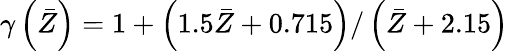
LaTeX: \gamma\left({\bar{Z}}\right)=1+\left({1.5\bar{Z}+0.715}\right)/\left({\bar{Z}+2.15}\right)